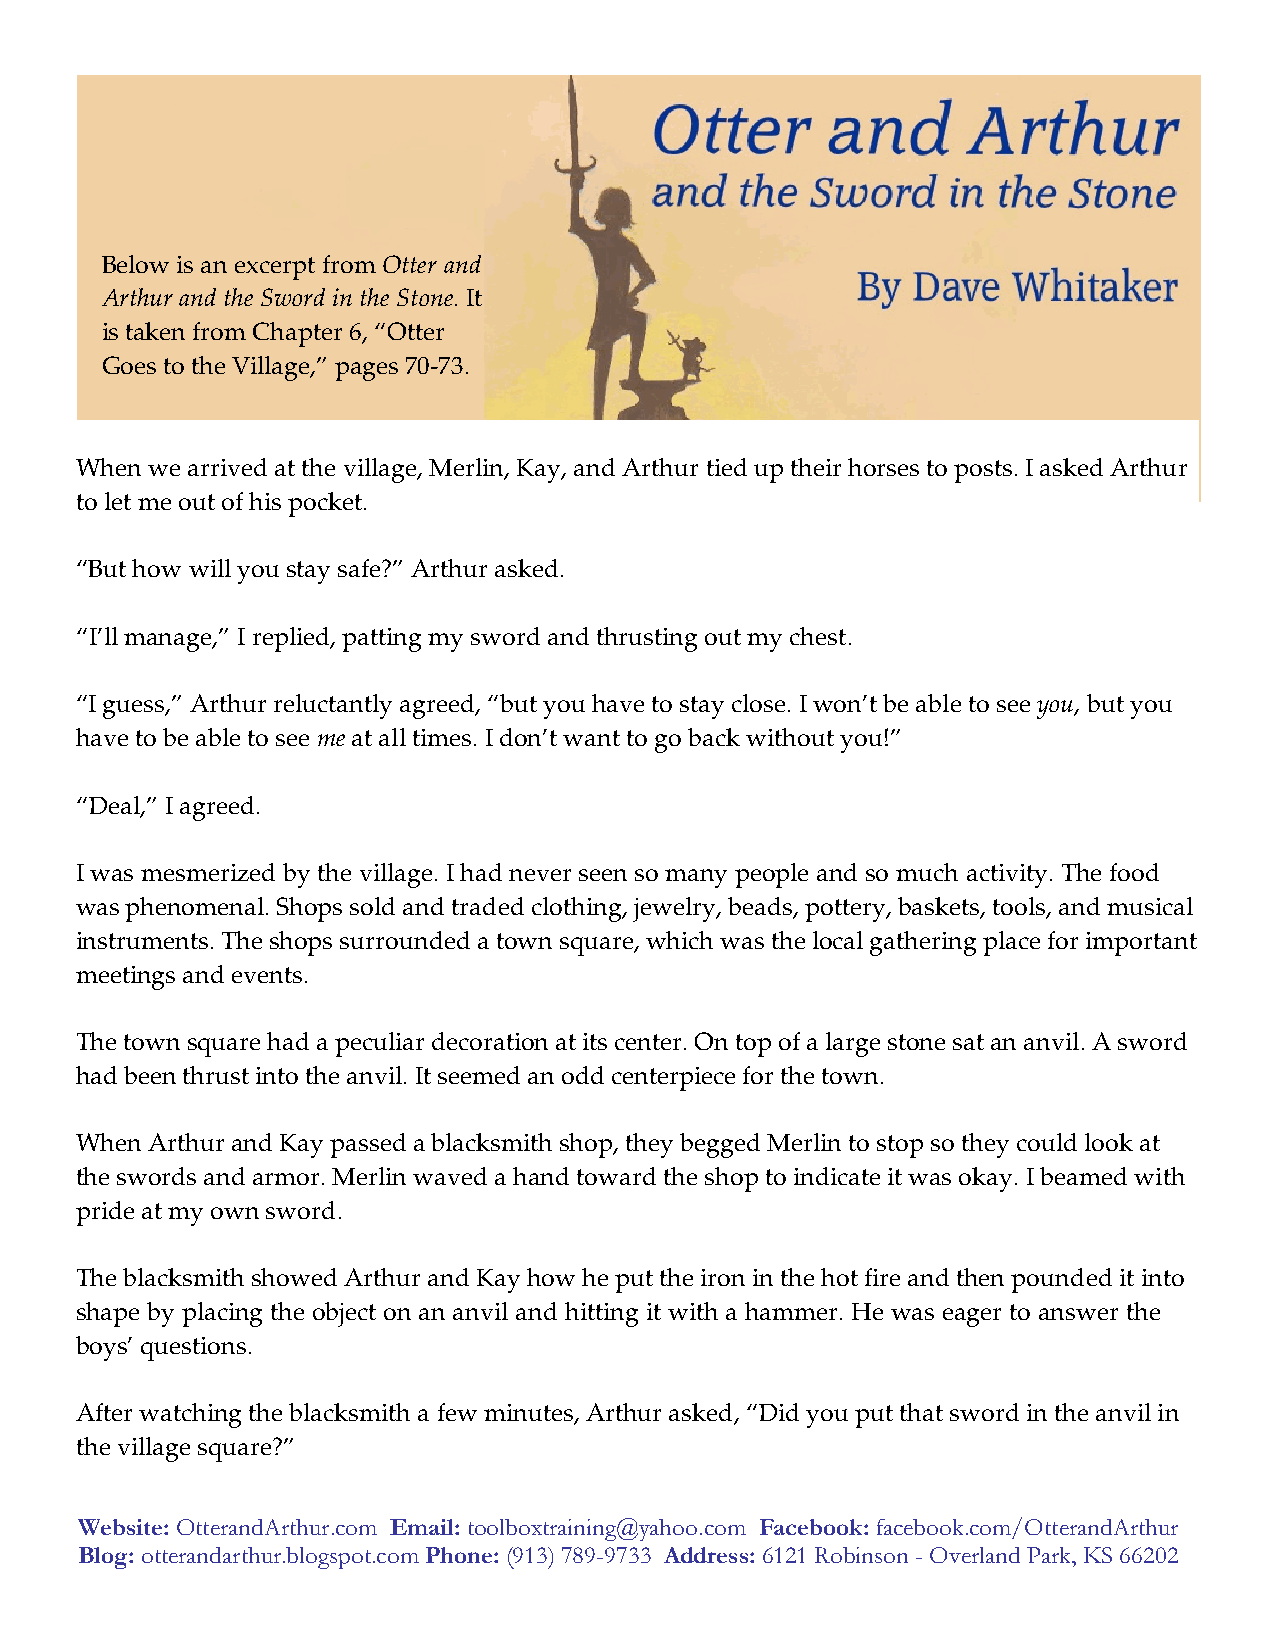
Below is an excerpt from Otter and
 Arthur and the Sword in the Stone. It
 is taken from Chapter 6, “Otter
 Goes to the Village,” pages 70-73.
 When we arrived at the village, Merlin, Kay, and Arthur tied up their horses to posts. I asked Arthur
 to let me out of his pocket.
 “But how will you stay safe?” Arthur asked.
 “I’ll manage,” I replied, patting my sword and thrusting out my chest.
 “I guess,” Arthur reluctantly agreed, “but you have to stay close. I won’t be able to see you, but you
 have to be able to see me at all times. I don’t want to go back without you!”
 “Deal,” I agreed.
 I was mesmerized by the village. I had never seen so many people and so much activity. The food
 was phenomenal. Shops sold and traded clothing, jewelry, beads, pottery, baskets, tools, and musical
 instruments. The shops surrounded a town square, which was the local gathering place for important
 meetings and events.
 The town square had a peculiar decoration at its center. On top of a large stone sat an anvil. A sword
 had been thrust into the anvil. It seemed an odd centerpiece for the town.
 When Arthur and Kay passed a blacksmith shop, they begged Merlin to stop so they could look at
 the swords and armor. Merlin waved a hand toward the shop to indicate it was okay. I beamed with
 pride at my own sword.
 The blacksmith showed Arthur and Kay how he put the iron in the hot fire and then pounded it into
 shape by placing the object on an anvil and hitting it with a hammer. He was eager to answer the
 boys’ questions.
 After watching the blacksmith a few minutes, Arthur asked, “Did you put that sword in the anvil in
 the village square?”
 Website: OtterandArthur.com Email: toolboxtraining@yahoo.com Facebook: facebook.com/OtterandArthur
 Blog: otterandarthur.blogspot.com Phone: (913) 789-9733 Address: 6121 Robinson - Overland Park, KS 66202